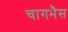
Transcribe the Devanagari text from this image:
चागभैस